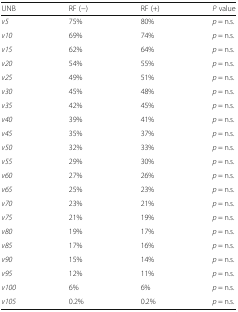
<table><thead><tr><td><b>UNB</b></td><td><b>RF (−)</b></td><td><b>RF (+)</b></td><td><b><i>P</i> value</b></td></tr></thead><tbody><tr><td><i>v5</i></td><td>75%</td><td>80%</td><td><i>p</i> = n.s.</td></tr><tr><td><i>v10</i></td><td>69%</td><td>74%</td><td><i>p</i> = n.s.</td></tr><tr><td><i>v15</i></td><td>62%</td><td>64%</td><td><i>p</i> = n.s.</td></tr><tr><td><i>v20</i></td><td>54%</td><td>55%</td><td><i>p</i> = n.s.</td></tr><tr><td><i>v25</i></td><td>49%</td><td>51%</td><td><i>p</i> = n.s.</td></tr><tr><td><i>v30</i></td><td>45%</td><td>48%</td><td><i>p</i> = n.s.</td></tr><tr><td><i>v35</i></td><td>42%</td><td>45%</td><td><i>p</i> = n.s.</td></tr><tr><td><i>v40</i></td><td>39%</td><td>41%</td><td><i>p</i> = n.s.</td></tr><tr><td><i>v45</i></td><td>35%</td><td>37%</td><td><i>p</i> = n.s.</td></tr><tr><td><i>v50</i></td><td>32%</td><td>33%</td><td><i>p</i> = n.s.</td></tr><tr><td><i>v55</i></td><td>29%</td><td>30%</td><td><i>p</i> = n.s.</td></tr><tr><td><i>v60</i></td><td>27%</td><td>26%</td><td><i>p</i> = n.s.</td></tr><tr><td><i>v65</i></td><td>25%</td><td>23%</td><td><i>p</i> = n.s.</td></tr><tr><td><i>v70</i></td><td>23%</td><td>21%</td><td><i>p</i> = n.s.</td></tr><tr><td><i>v75</i></td><td>21%</td><td>19%</td><td><i>p</i> = n.s.</td></tr><tr><td><i>v80</i></td><td>19%</td><td>17%</td><td><i>p</i> = n.s.</td></tr><tr><td><i>v85</i></td><td>17%</td><td>16%</td><td><i>p</i> = n.s.</td></tr><tr><td><i>v90</i></td><td>15%</td><td>14%</td><td><i>p</i> = n.s.</td></tr><tr><td><i>v95</i></td><td>12%</td><td>11%</td><td><i>p</i> = n.s.</td></tr><tr><td><i>v100</i></td><td>6%</td><td>6%</td><td><i>p</i> = n.s.</td></tr><tr><td><i>v105</i></td><td>0.2%</td><td>0.2%</td><td><i>p</i> = n.s.</td></tr></tbody></table>